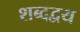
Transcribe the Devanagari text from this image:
शब्दद्वय